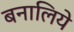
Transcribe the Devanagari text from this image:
बनालिये